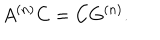
A ^ { ( n ) } C = C G ^ { ( n ) } .